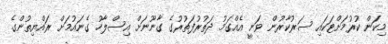
މިކަން ކުރުމަށްޓަކައި ސަރުކާރުން ވަނީ އެއްގަމު ދަތުރުފަތުރުގެ ގާނޫނަށް އިސްލާހު ގެނައުމަށް ރައްޔިތުންގެ